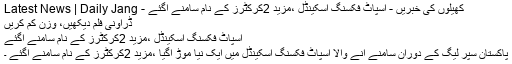
کھیلوں کی خبریں - اسپاٹ فکسنگ اسکینڈل ،مزید 2کرکٹرز کے نام سامنے آگئے - Latest News | Daily Jang
ڈراؤنی فلم دیکھیں، وزن کم کریں
اسپاٹ فکسنگ اسکینڈل ،مزید 2کرکٹرز کے نام سامنے آگئے
پاکستان سپر لیگ کے دوران سامنے آنے والا اسپاٹ فکسنگ اسکینڈل میں ایک نیا موڑ آگیا ،مزید 2کرکٹرز کے نام سامنے آگئے ۔